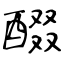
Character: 醊